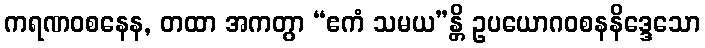
ကရဏဝစနေန, တထာ အကတွာ “ဧကံ သမယ”န္တိ ဥပယောဂဝစနနိဒ္ဒေသော